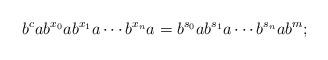
LaTeX: \begin{align*}b^cab^{x_0}ab^{x_1}a\cdots b^{x_n}a=b^{s_0}ab^{s_1}a\cdots b^{s_n}ab^m;\end{align*}